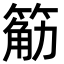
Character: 䈥